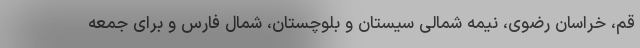
قم، خراسان رضوی، نیمه شمالی سیستان و بلوچستان، شمال فارس و برای جمعه